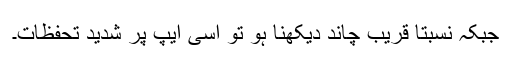
جبکہ نسبتاً قریب چاند دیکھنا ہو تو اسی ایپ پر شدید تحفظات۔